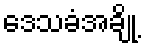
ဒေသခံအချို့